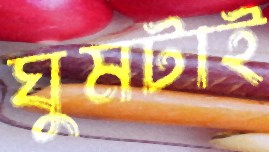
ঘুমটাই